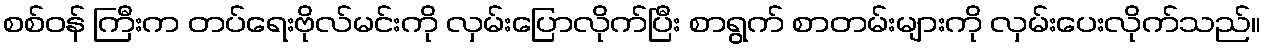
စစ်ဝန် ကြီးက တပ်ရေးဗိုလ်မင်းကို လှမ်းပြောလိုက်ပြီး စာရွက် စာတမ်းများကို လှမ်းပေးလိုက်သည်။